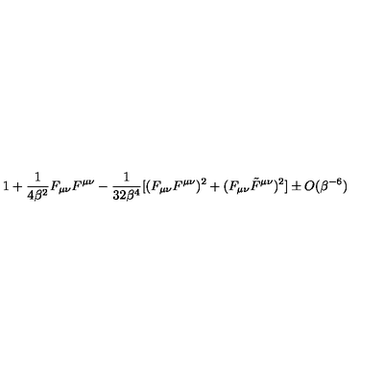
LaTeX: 1 + \frac { 1 } { 4 \beta ^ { 2 } } F _ { \mu \nu } F ^ { \mu \nu } - \frac { 1 } { 3 2 \beta ^ { 4 } } [ ( F _ { \mu \nu } F ^ { \mu \nu } ) ^ { 2 } + ( F _ { \mu \nu } \tilde { F } ^ { \mu \nu } ) ^ { 2 } ] \pm O ( \beta ^ { - 6 } )